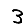
Digit: 3